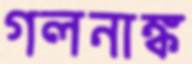
গলনাঙ্ক